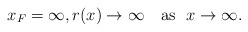
\begin{align*}x_F = \infty,r(x)\to\infty\quad\mbox{as }\ x\to\infty.\end{align*}